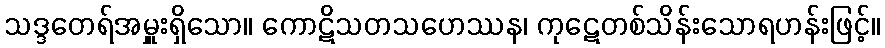
သဒ္ဒတေရ်အမှူးရှိသော။ ကောဋိသတသဟေဿန၊ ကုဋေတစ်သိန်းသောရဟန်းဖြင့်။